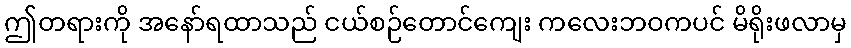
ဤတရားကို အနော်ရထာသည် ငယ်စဉ်တောင်ကျေး ကလေးဘဝကပင် မိရိုးဖလာမှ